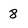
Character: 8